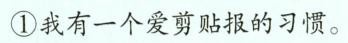
①我有一个爱剪贴报的习惯。